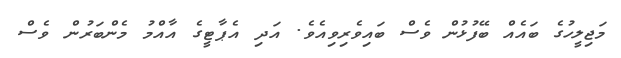
މަޖިލީހުގެ ބައެއް ބޭފުޅުން ވެސް ބައިވެރިވިއެވެ. އަދި އެޕާޓީގެ އާއްމު މެންބަރުން ވެސް